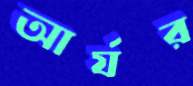
আর্যর